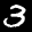
Label: 3